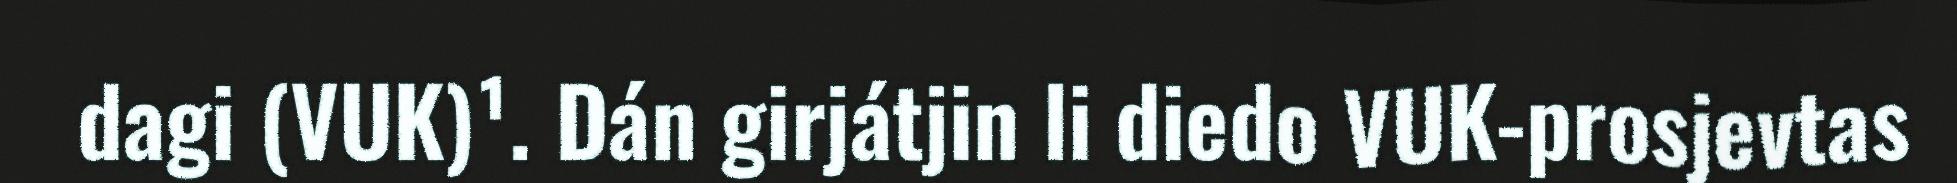
dagi (VUK)¹. Dán girjátjin li diedo VUK-prosjevtas